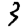
Digit: 3